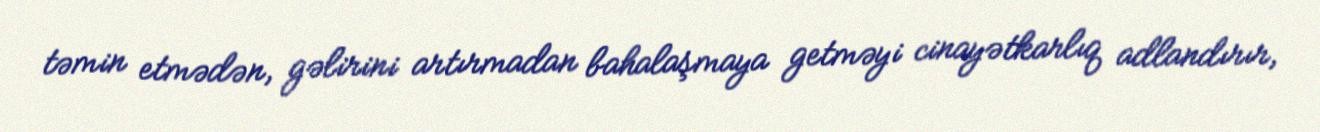
təmin etmədən, gəlirini artırmadan bahalaşmaya getməyi cinayətkarlıq adlandırır,